Report on vaccination in Madras 1895-1903 - 1895-1903
Year: 1895
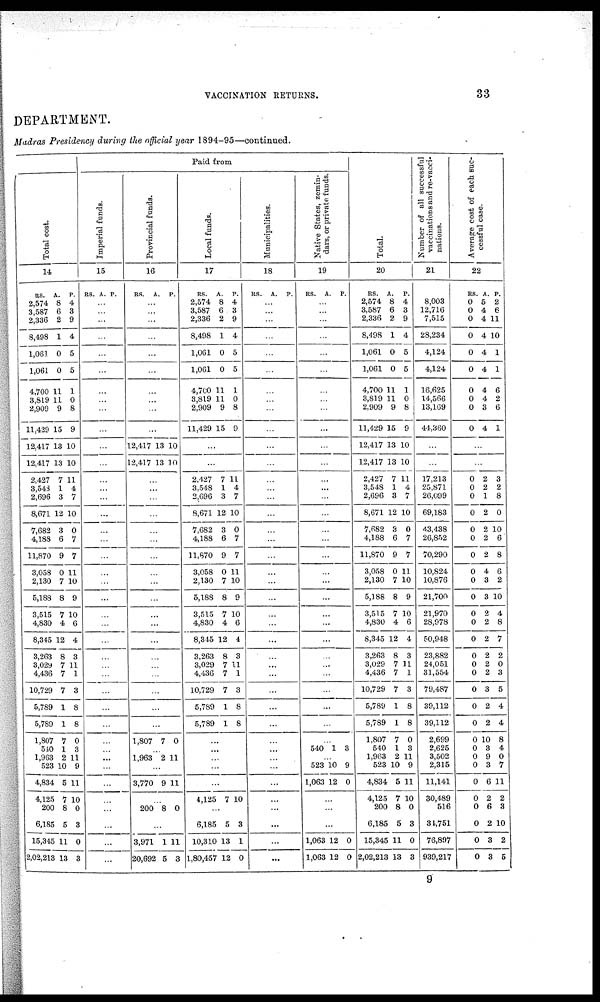
VACCINATION RETURNS.
33
DEPARTMENT.
Madras Presidency during the official year 1894-95—continued.
Total cost.
14
RS.
2,574
3,587
2,336
8,498
1,061
1,061
4,700
3,819
2,909
11,429
12,417
12,417
2,427
3,548
2,696
8,671
7,682
4,188
11,870
3,058
2,130
5,188
3,515
4,830
8,345
3,263
3,029
4,436
10,729
5,789
5,789
1,807
540
1,963
523
4,834
4,125
200
6,185
15,345
2,02,213
A.
8
6
2
1
0
0
11
11
9
15
13
13
7
1
3
12
3
6
9
0
7
8
7
4
12
8
7
7
7
1
1
7
1
2
10
5
7
8
5
11
13
P.
4
3
9
4
5
5
1
0
8
9
10
10
11
4
7
10
0
7
7
11
10
9
10
6
4
3
11
1
3
8
8
0
3
11
9
11
10
0
3
0
3
Paid from
Imperial funds.
15
RS. A. P.
...
...
...
...
...
...
...
...
...
...
...
...
...
...
...
...
...
...
...
...
...
...
...
...
...
...
...
...
...
...
...
...
...
...
...
...
...
...
...
...
...
Provincial funds.
16
RS. A. P.
...
...
...
...
...
...
...
...
...
...
12,417
12,417
13
13
10
10
...
...
...
...
...
...
...
...
...
...
...
...
...
...
...
...
...
...
...
1,807 7 0
...
1,963 2 11
...
3,770 9 11
...
200 8 0
...
3,971
20,692
1
5
11
3
Local funds.
17
RS.
2,574
3,587
2,336
8,498
1,061
1,061
4,700
3,819
2,909
11,429
A.
8
6
2
1
0
0
11
11
9
15
P.
4
3
9
4
5
5
1
0
8
9
...
...
2,427
3,548
2,696
8,671
7,682
4,188
11,870
3,058
2,130
5,188
3,515
4,830
8,345
3,263
3,029
4,436
10,729
5,789
5,789
7
1
3
12
3
6
9
0
7
8
7
4
12
8
7
7
7
1
1
11
4
7
10
0
7
7
11
10
9
10
6
4
3
11
1
3
8
8
...
...
...
...
...
4,125 7 10
...
6,185
10,310
1,80,457
5
13
12
3
1
0
Municipalities.
18
RS. A. P.
...
...
...
...
...
...
...
...
...
...
...
...
...
...
...
...
...
...
...
...
...
...
...
...
...
...
...
...
...
...
...
...
...
...
...
...
...
...
...
...
...
Native States, zemin-
dars, or privates funds.
19
RS. A. P.
...
...
...
...
...
...
...
...
...
...
...
...
...
...
...
...
...
...
...
...
...
...
...
...
...
...
...
...
...
...
...
...
540 1 3
...
523
1,063
10
12
9
0
...
...
...
1,063
1,063
12
12
0
0
Total.
20
RS.
2,574
3,587
2,336
8,498
1,061
1,061
4,700
3,819
2,909
11,429
12,417
12,417
2,427
3,548
2,696
8,671
7,682
4,188
11,870
3,058
2,130
5,188
3,515
4,830
8,345
3,263
3,029
4,436
10,729
5,789
5,789
1,807
540
1,963
523
4,834
4,125
200
6,185
15,345
2,02,213
A.
8
6
2
1
0
0
11
11
9
15
13
13
7
1
3
12
3
6
9
0
7
8
7
4
12
8
7
7
7
1
1
7
1
2
10
5
7
8
5
11
13
P.
4
3
9
4
5
5
1
0
8
9
10
10
11
4
7
10
0
7
7
11
10
9
10
6
4
3
11
1
3
8
8
0
3
11
9
11
10
0
3
0
3
Number of all successful
vaccinations and re-vacci-
nations.
21
8,003
12,716
7,515
28,234
4,124
4,124
16,625
14,566
13,169
44,360
...
...
17,213
25,871
26,099
69,183
43,438
26,852
70,290
10,824
10,876
21,700
21,970
28,978
50,948
23,882
24,051
31,554
79,487
39,112
39,112
2,699
2,625
3,502
2,315
11,141
30,489
516
34,751
76,897
939,217
Average cost of each suc-
cessful case.
22
RS.
0
0
0
0
0
0
0
0
0
0
A.
5
4
4
4
4
4
4
4
3
4
P.
2
6
11
10
1
1
6
2
6
1
...
...
0
0
0
0
0
0
0
0
0
0
0
0
0
0
0
0
0
0
0
0
0
0
0
0
0
0
0
0
0
2
2
1
2
2
2
2
4
3
3
2
2
2
2
2
2
3
2
2
10
3
9
3
6
2
6
2
3
3
3
2
8
0
10
6
8
6
2
10
4
8
7
2
0
3
5
4
4
8
4
0
7
11
2
3
10
2
5
9